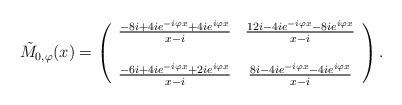
LaTeX: \begin{align*}\tilde{M}_{0, \varphi}(x) =\left(\begin{array}{cc}\frac{-8 i + 4 i e^{- i \varphi x} + 4 i e^{i \varphi x}}{x - i} & \frac{12 i - 4 i e^{- i \varphi x} - 8 i e^{i \varphi x}}{x - i} \\& \\\frac{- 6 i + 4 i e^{- i \varphi x} + 2 i e^{i \varphi x}}{x - i} & \frac{8 i - 4 i e^{- i \varphi x} - 4 i e^{i \varphi x}}{x - i}\end{array}\right).\end{align*}